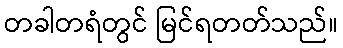
တခါတရံတွင် မြင်ရတတ်သည်။